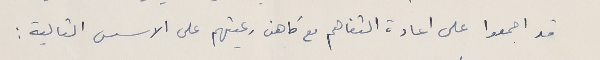
قد اجمعوا على اعادة التفاهم مع كاهن رعيتهم على الاسس التالية :